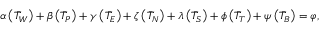
\begin{array} { r } { \boldsymbol { \alpha } \left( \Bar { T } _ { W } \right) + \boldsymbol { \beta } \left( \Bar { T } _ { P } \right) + \boldsymbol { \gamma } \left( \Bar { T } _ { E } \right) + \boldsymbol { \zeta } \left( \Bar { T } _ { N } \right) + \boldsymbol { \lambda } \left( \Bar { T } _ { S } \right) + \boldsymbol { \phi } \left( \Bar { T } _ { T } \right) + \boldsymbol { \psi } \left( \Bar { T } _ { B } \right) = \boldsymbol { \varphi } , } \end{array}